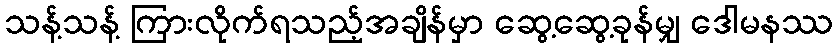
သန့်သန့် ကြားလိုက်ရသည့်အချိန်မှာ ဆွေ့ဆွေ့ခုန်မျှ ဒေါမနဿ